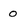
Character: o